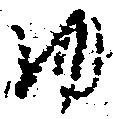
ゆ